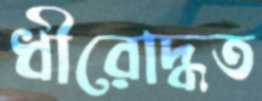
ধীরোদ্ধত